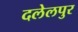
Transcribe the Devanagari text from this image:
दलेलपुर